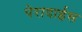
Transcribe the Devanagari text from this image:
पेरादाईस